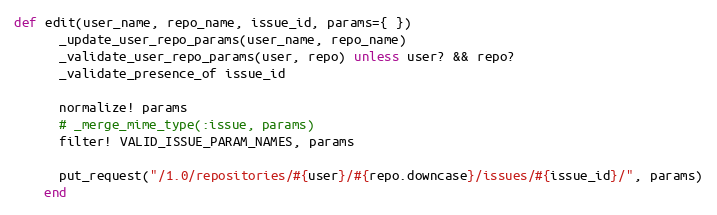
Language: Ruby
def edit(user_name, repo_name, issue_id, params={ })
      _update_user_repo_params(user_name, repo_name)
      _validate_user_repo_params(user, repo) unless user? && repo?
      _validate_presence_of issue_id

      normalize! params
      # _merge_mime_type(:issue, params)
      filter! VALID_ISSUE_PARAM_NAMES, params

      put_request("/1.0/repositories/#{user}/#{repo.downcase}/issues/#{issue_id}/", params)
    end